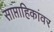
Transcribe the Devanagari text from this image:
साप्ताहिकांवर